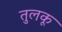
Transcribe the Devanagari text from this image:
तुलकू